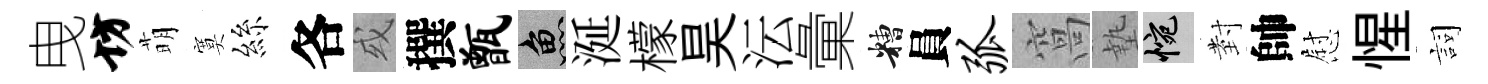
曳坊萌寞絲各或撰甑魚涎檬昊沄彙糟員弧窩墊惋𭔹帥慰惺詞